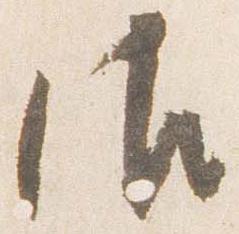
御